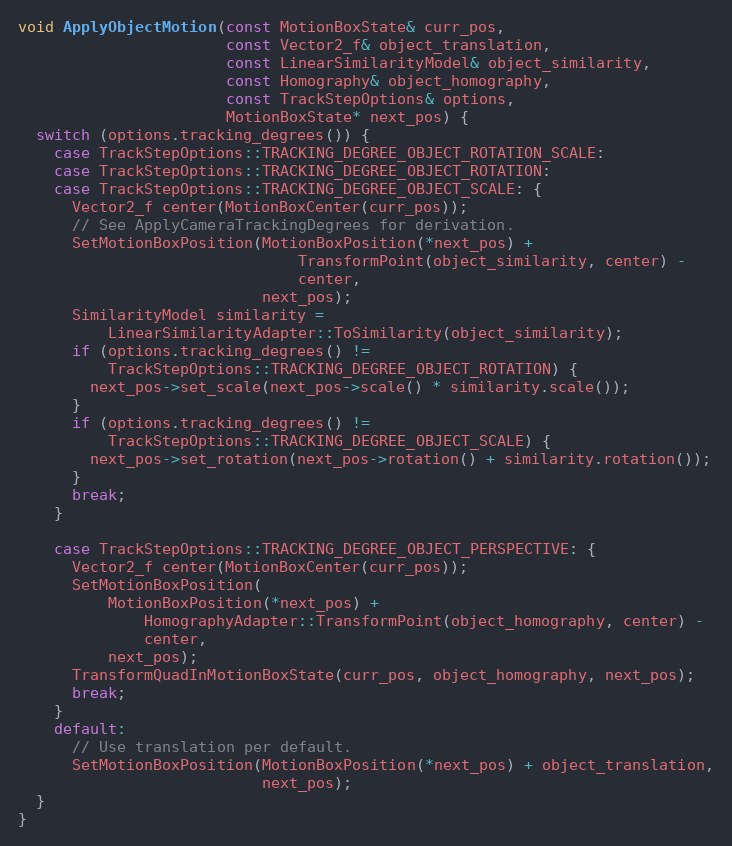
Language: C++
void ApplyObjectMotion(const MotionBoxState& curr_pos,
                       const Vector2_f& object_translation,
                       const LinearSimilarityModel& object_similarity,
                       const Homography& object_homography,
                       const TrackStepOptions& options,
                       MotionBoxState* next_pos) {
  switch (options.tracking_degrees()) {
    case TrackStepOptions::TRACKING_DEGREE_OBJECT_ROTATION_SCALE:
    case TrackStepOptions::TRACKING_DEGREE_OBJECT_ROTATION:
    case TrackStepOptions::TRACKING_DEGREE_OBJECT_SCALE: {
      Vector2_f center(MotionBoxCenter(curr_pos));
      // See ApplyCameraTrackingDegrees for derivation.
      SetMotionBoxPosition(MotionBoxPosition(*next_pos) +
                               TransformPoint(object_similarity, center) -
                               center,
                           next_pos);
      SimilarityModel similarity =
          LinearSimilarityAdapter::ToSimilarity(object_similarity);
      if (options.tracking_degrees() !=
          TrackStepOptions::TRACKING_DEGREE_OBJECT_ROTATION) {
        next_pos->set_scale(next_pos->scale() * similarity.scale());
      }
      if (options.tracking_degrees() !=
          TrackStepOptions::TRACKING_DEGREE_OBJECT_SCALE) {
        next_pos->set_rotation(next_pos->rotation() + similarity.rotation());
      }
      break;
    }

    case TrackStepOptions::TRACKING_DEGREE_OBJECT_PERSPECTIVE: {
      Vector2_f center(MotionBoxCenter(curr_pos));
      SetMotionBoxPosition(
          MotionBoxPosition(*next_pos) +
              HomographyAdapter::TransformPoint(object_homography, center) -
              center,
          next_pos);
      TransformQuadInMotionBoxState(curr_pos, object_homography, next_pos);
      break;
    }
    default:
      // Use translation per default.
      SetMotionBoxPosition(MotionBoxPosition(*next_pos) + object_translation,
                           next_pos);
  }
}